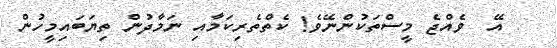
އޭ  ވެއްޖެ މީސްތަކުންނޭވެ! ކެތްތެރިކަމާއި ނަމާދުން ތިޔަބައިމީހުން